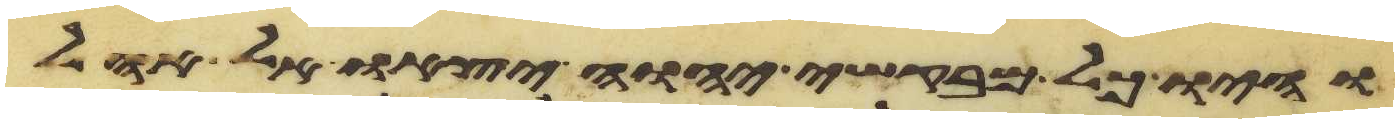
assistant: והיו כל מבקשי יהוה יצאו אל אהל